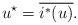
LaTeX: \begin{align*} u^\star = \overline{i^*(u)}.\end{align*}